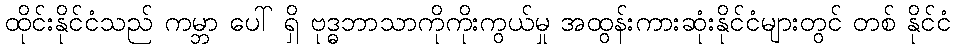
ထိုင်းနိုင်ငံသည် ကမ္ဘာ ပေါ် ရှိ ဗုဒ္ဓဘာသာကိုကိုးကွယ်မှု အထွန်းကားဆုံးနိုင်ငံများတွင် တစ် နိုင်ငံ